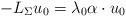
LaTeX: \begin{align*} -L_{\Sigma} u_0 = \lambda_0\alpha \cdot u_0 \end{align*}